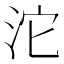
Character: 沱